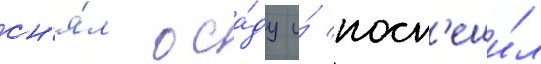
сн'я́л оса́ду и́ посп'еши́л